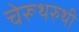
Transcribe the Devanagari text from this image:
चेरूथरुथी